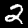
Label: 2